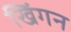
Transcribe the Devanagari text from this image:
खिंगन